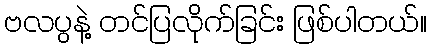
ဗလပွနဲ့ တင်ပြလိုက်ခြင်း ဖြစ်ပါတယ်။